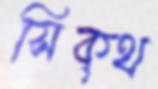
সিক্‌থ